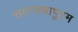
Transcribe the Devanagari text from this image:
सतनाथापुरम